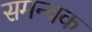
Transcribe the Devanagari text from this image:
समन्वक